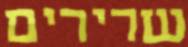
שרירים